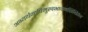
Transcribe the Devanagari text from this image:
अभ्यर्थनापिमुखभावमशिक्षितेन